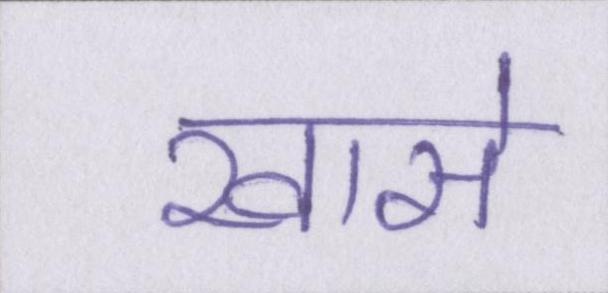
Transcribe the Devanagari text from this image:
खासे